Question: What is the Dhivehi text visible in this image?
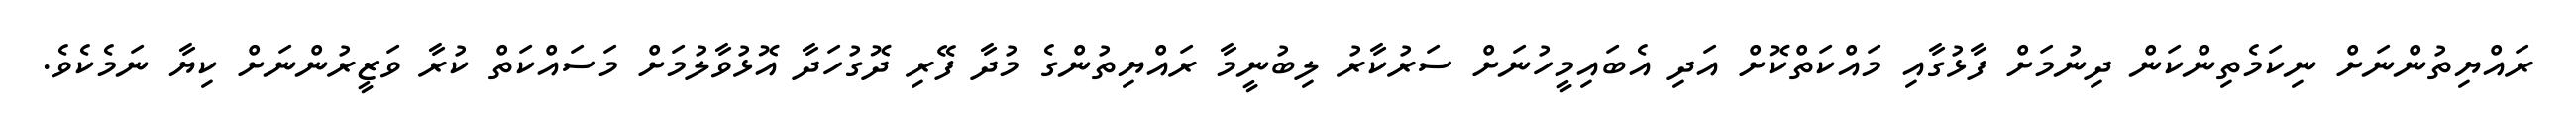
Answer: ރައްޔިތުންނަށް ނިކަމެތިންކަން ދިނުމަށް ފާޅުގާއި މައްކަތްކޮށް އަދި އެބައިމީހުނަށް ސަރުކާރު ލިބުނީމާ ރައްޔިތުންގެ މުދާ ފޭރި ދޮގުހަދާ އޮޅުވާލުމަށް މަސައްކަތް ކުރާ ވަޒީރުންނަށް ކިޔާ ނަމެކެވެ.